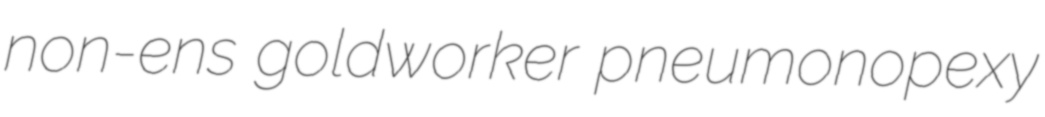
non-ens goldworker pneumonopexy